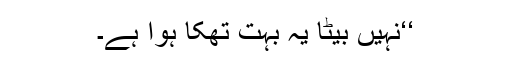
‘‘نہیں بیٹا یہ بہت تھکا ہوا ہے۔